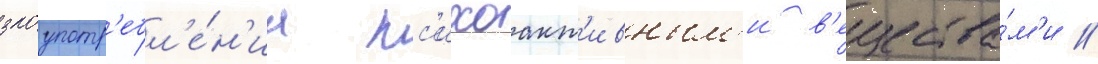
злоупотр'ебл'е́н'иа пс'ихоакт'ивным'и в'ещества́м'и //